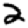
Digit: 2